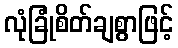
လုံခြုံစိတ်ချစွာဖြင့်